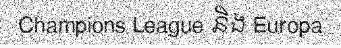
Champions League និង Europa